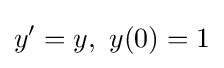
y'=y,\ y(0)=1